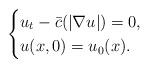
LaTeX: \begin{align*} \begin{cases} u_t-\bar c(|\nabla u|)=0, \\ u(x,0)=u_0(x). \end{cases} \end{align*}